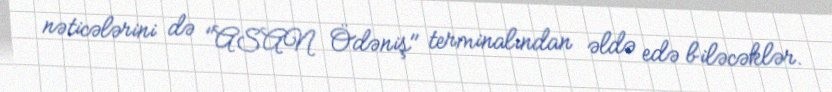
nəticələrini də "ASAN Ödəniş" terminalından əldə edə biləcəklər.